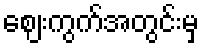
ဈေးကွက်အတွင်းမှ